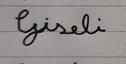
Signature authenticity: forged